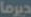
ديرما